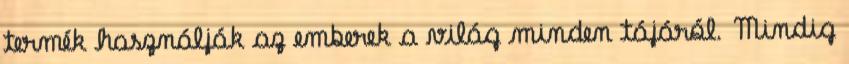
termék használják az emberek a világ minden tájáról. Mindig